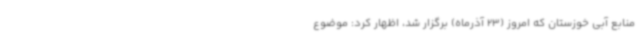
منابع آبی خوزستان که امروز (23 آذرماه) برگزار شد، اظهار کرد: موضوع